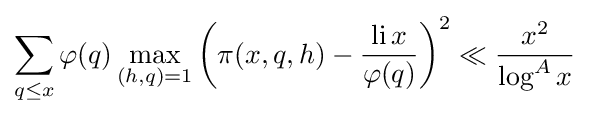
\sum _{q\leq x}\varphi (q)\max _{(h,q)=1}\left(\pi (x,q,h)-{\frac {\operatorname {li} x}{\varphi (q)}}\right)^{2}\ll {\frac {x^{2}}{\log ^{A}x}}